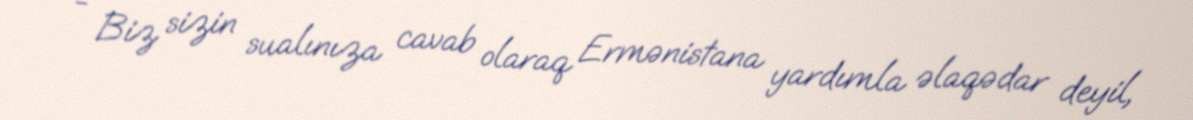
- Biz sizin sualınıza cavab olaraq Ermənistana yardımla əlaqədar deyil,